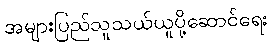
အများပြည်သူသယ်ယူပို့ဆောင်ရေး